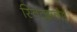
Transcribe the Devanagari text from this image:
स्विट्झर्लंड